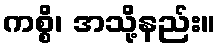
ကစ္စိ၊ အသို့နည်း။